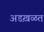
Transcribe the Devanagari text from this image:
अडख़ळत